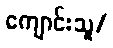
ကျောင်းသူ/